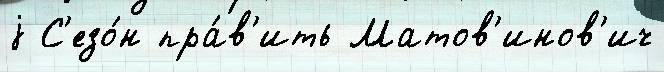
j С'езо́н пра́в'ить Матов'инов'ич